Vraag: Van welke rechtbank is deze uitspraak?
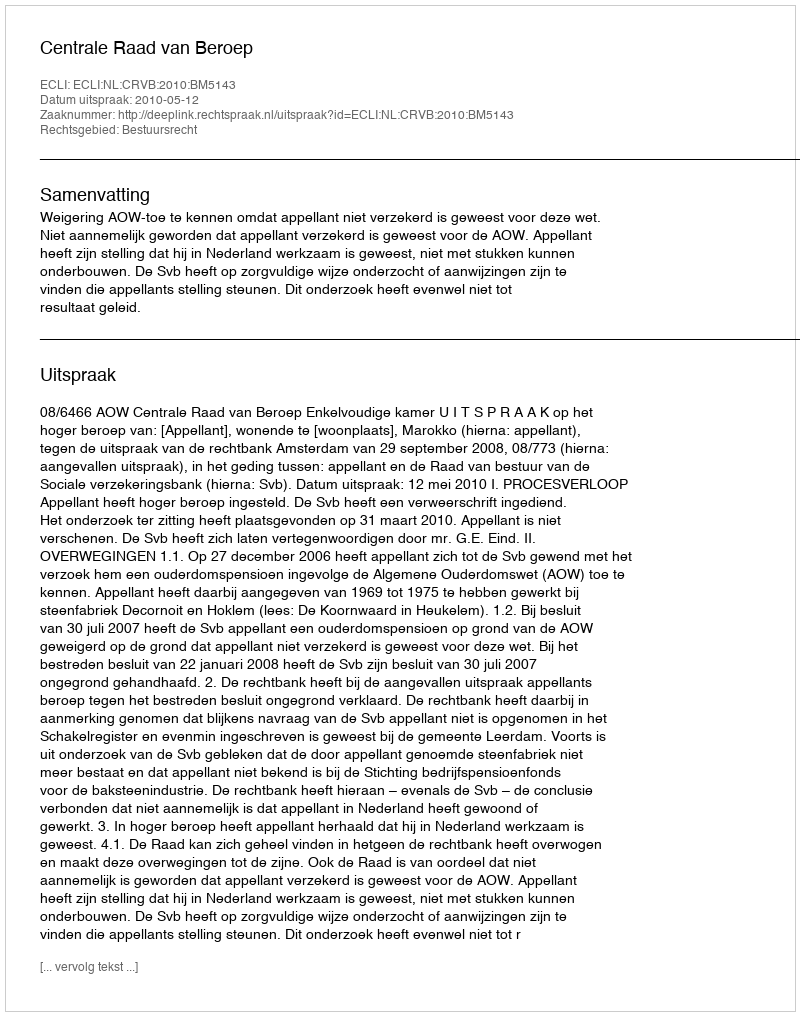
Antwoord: Centrale Raad van Beroep